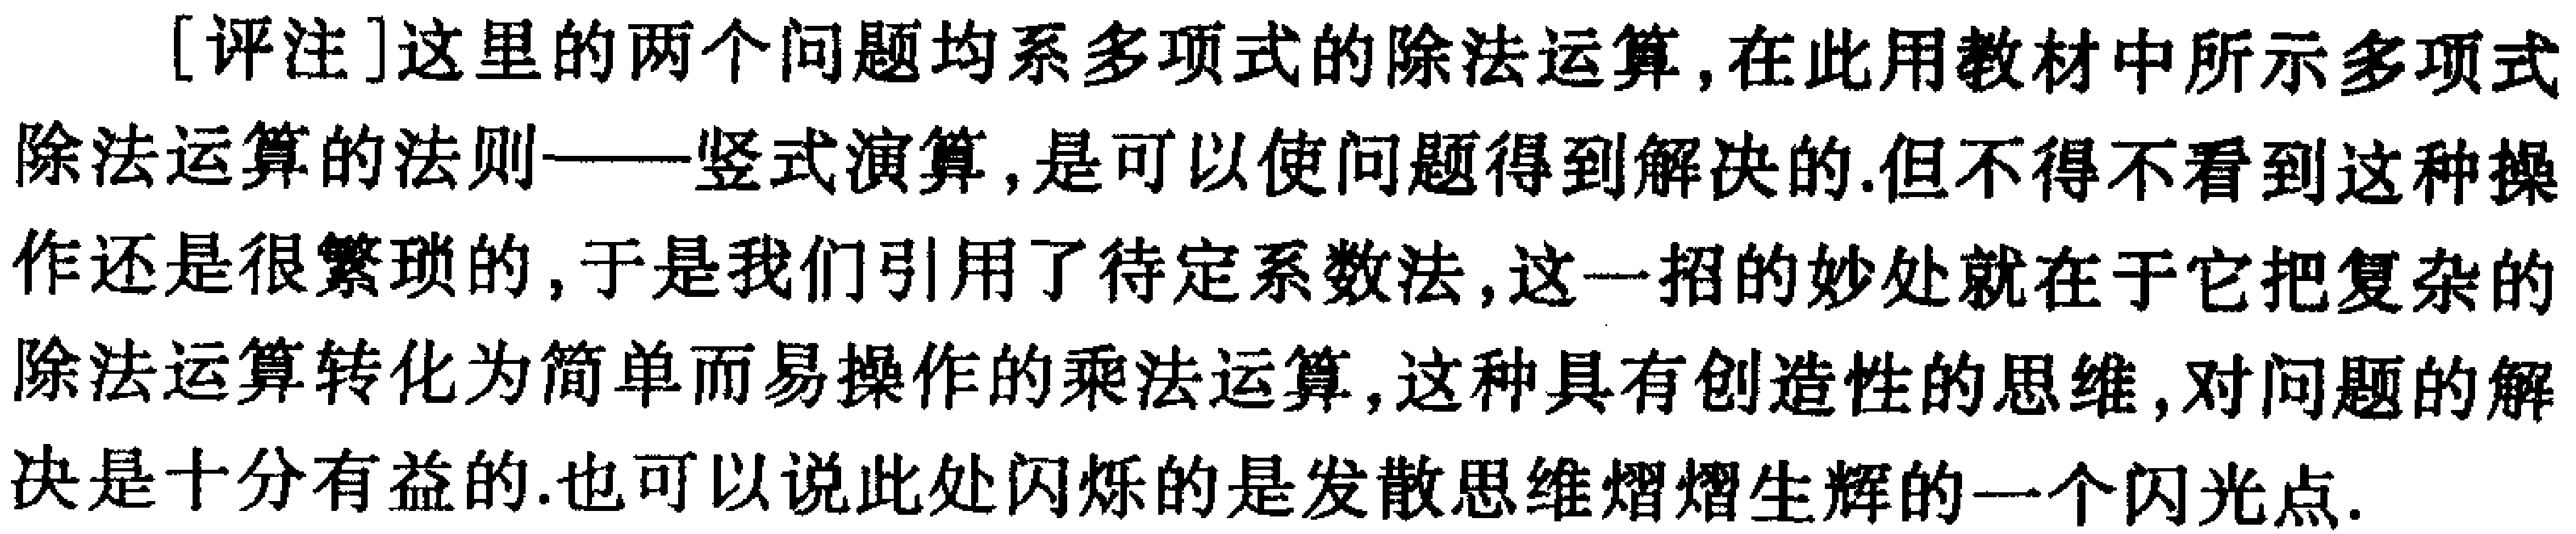
[评注]这里的两个问题均系多项式的除法运算,在此用教材中所示多项式除法运算的法则——竖式演算,是可以使问题得到解决的.但不得不看到这种操作还是很繁琐的,于是我们引用了待定系数法,这一招的妙处就在于它把复杂的除法运算转化为简单而易操作的乘法运算,这种具有创造性的思维,对问题的解决是十分有益的.也可以说此处闪烁的是发散思维熠熠生辉的一个闪光点.